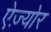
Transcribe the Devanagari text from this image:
ऐज़्योर